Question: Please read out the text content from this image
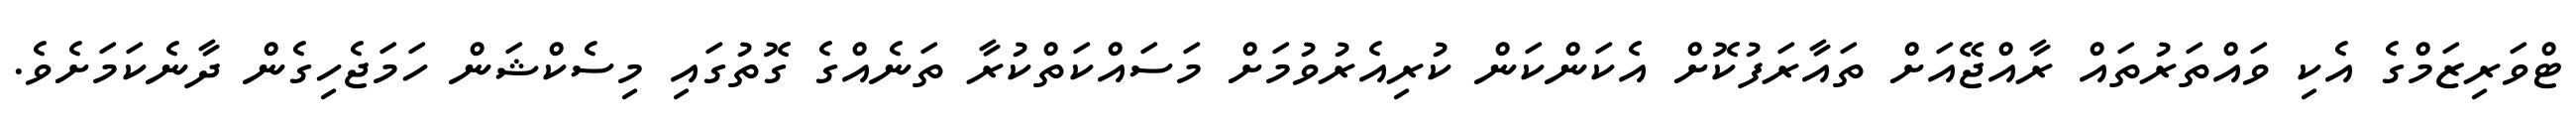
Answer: ޓްވަރިޒަމްގެ އެކި ވައްތަރުތައް ރާއްޖޭއަށް ތައާރަފުކޮށް އެކަންކަން ކުރިއެރުވުމަށް މަސައްކަތްކުރާ ތަނެއްގެ ގޮތުގައި މިސެކްޝަން ހަމަޖެހިގެން ދާނެކަމަށެވެ.